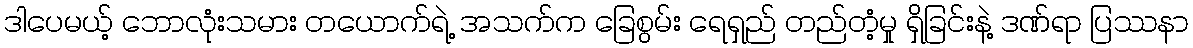
ဒါပေမယ့် ဘောလုံးသမား တယောက်ရဲ့ အသက်က ခြေစွမ်း ရေရှည် တည်တံ့မှု ရှိခြင်းနဲ့ ဒဏ်ရာ ပြဿနာ